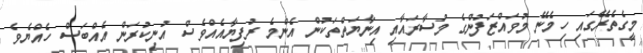
މީގެތެރޭގައި ހިމެނޭ މުވައްޒަފުންގެ މުސާރައާއި އިނާޔަތްތަކުން އެންމެ ރުފިޔާއެއްވެސް އުނިކުރަން އެއްބަސް ހެއްޔެވެ